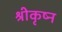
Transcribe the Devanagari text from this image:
श्रीकृष्न